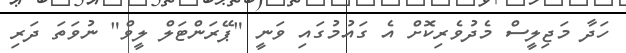
ހަދާ މަޖިލީސް މެދުވެރިކޮށް އެ ގައުމުގައި ވަނީ "ޕޭރަންޓަލް ލީވް" ނުވަތަ ދަރި